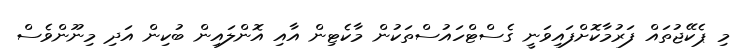
މި ޕެކޭޖުތައް ފަރުމާކޮށްފައިވަނީ ގެސްޓްހައުސްތަކުން މާކެޓިން އާއި އޮންލައިން ބުކިން އަދި މިނޫންވެސް